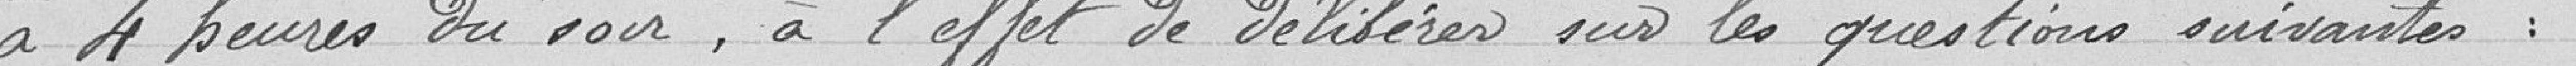
à 4 heure du soir , à l'effet de délibérer sur les questions suivantes :